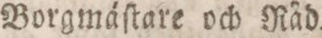
Borgmáſtare och Råd.